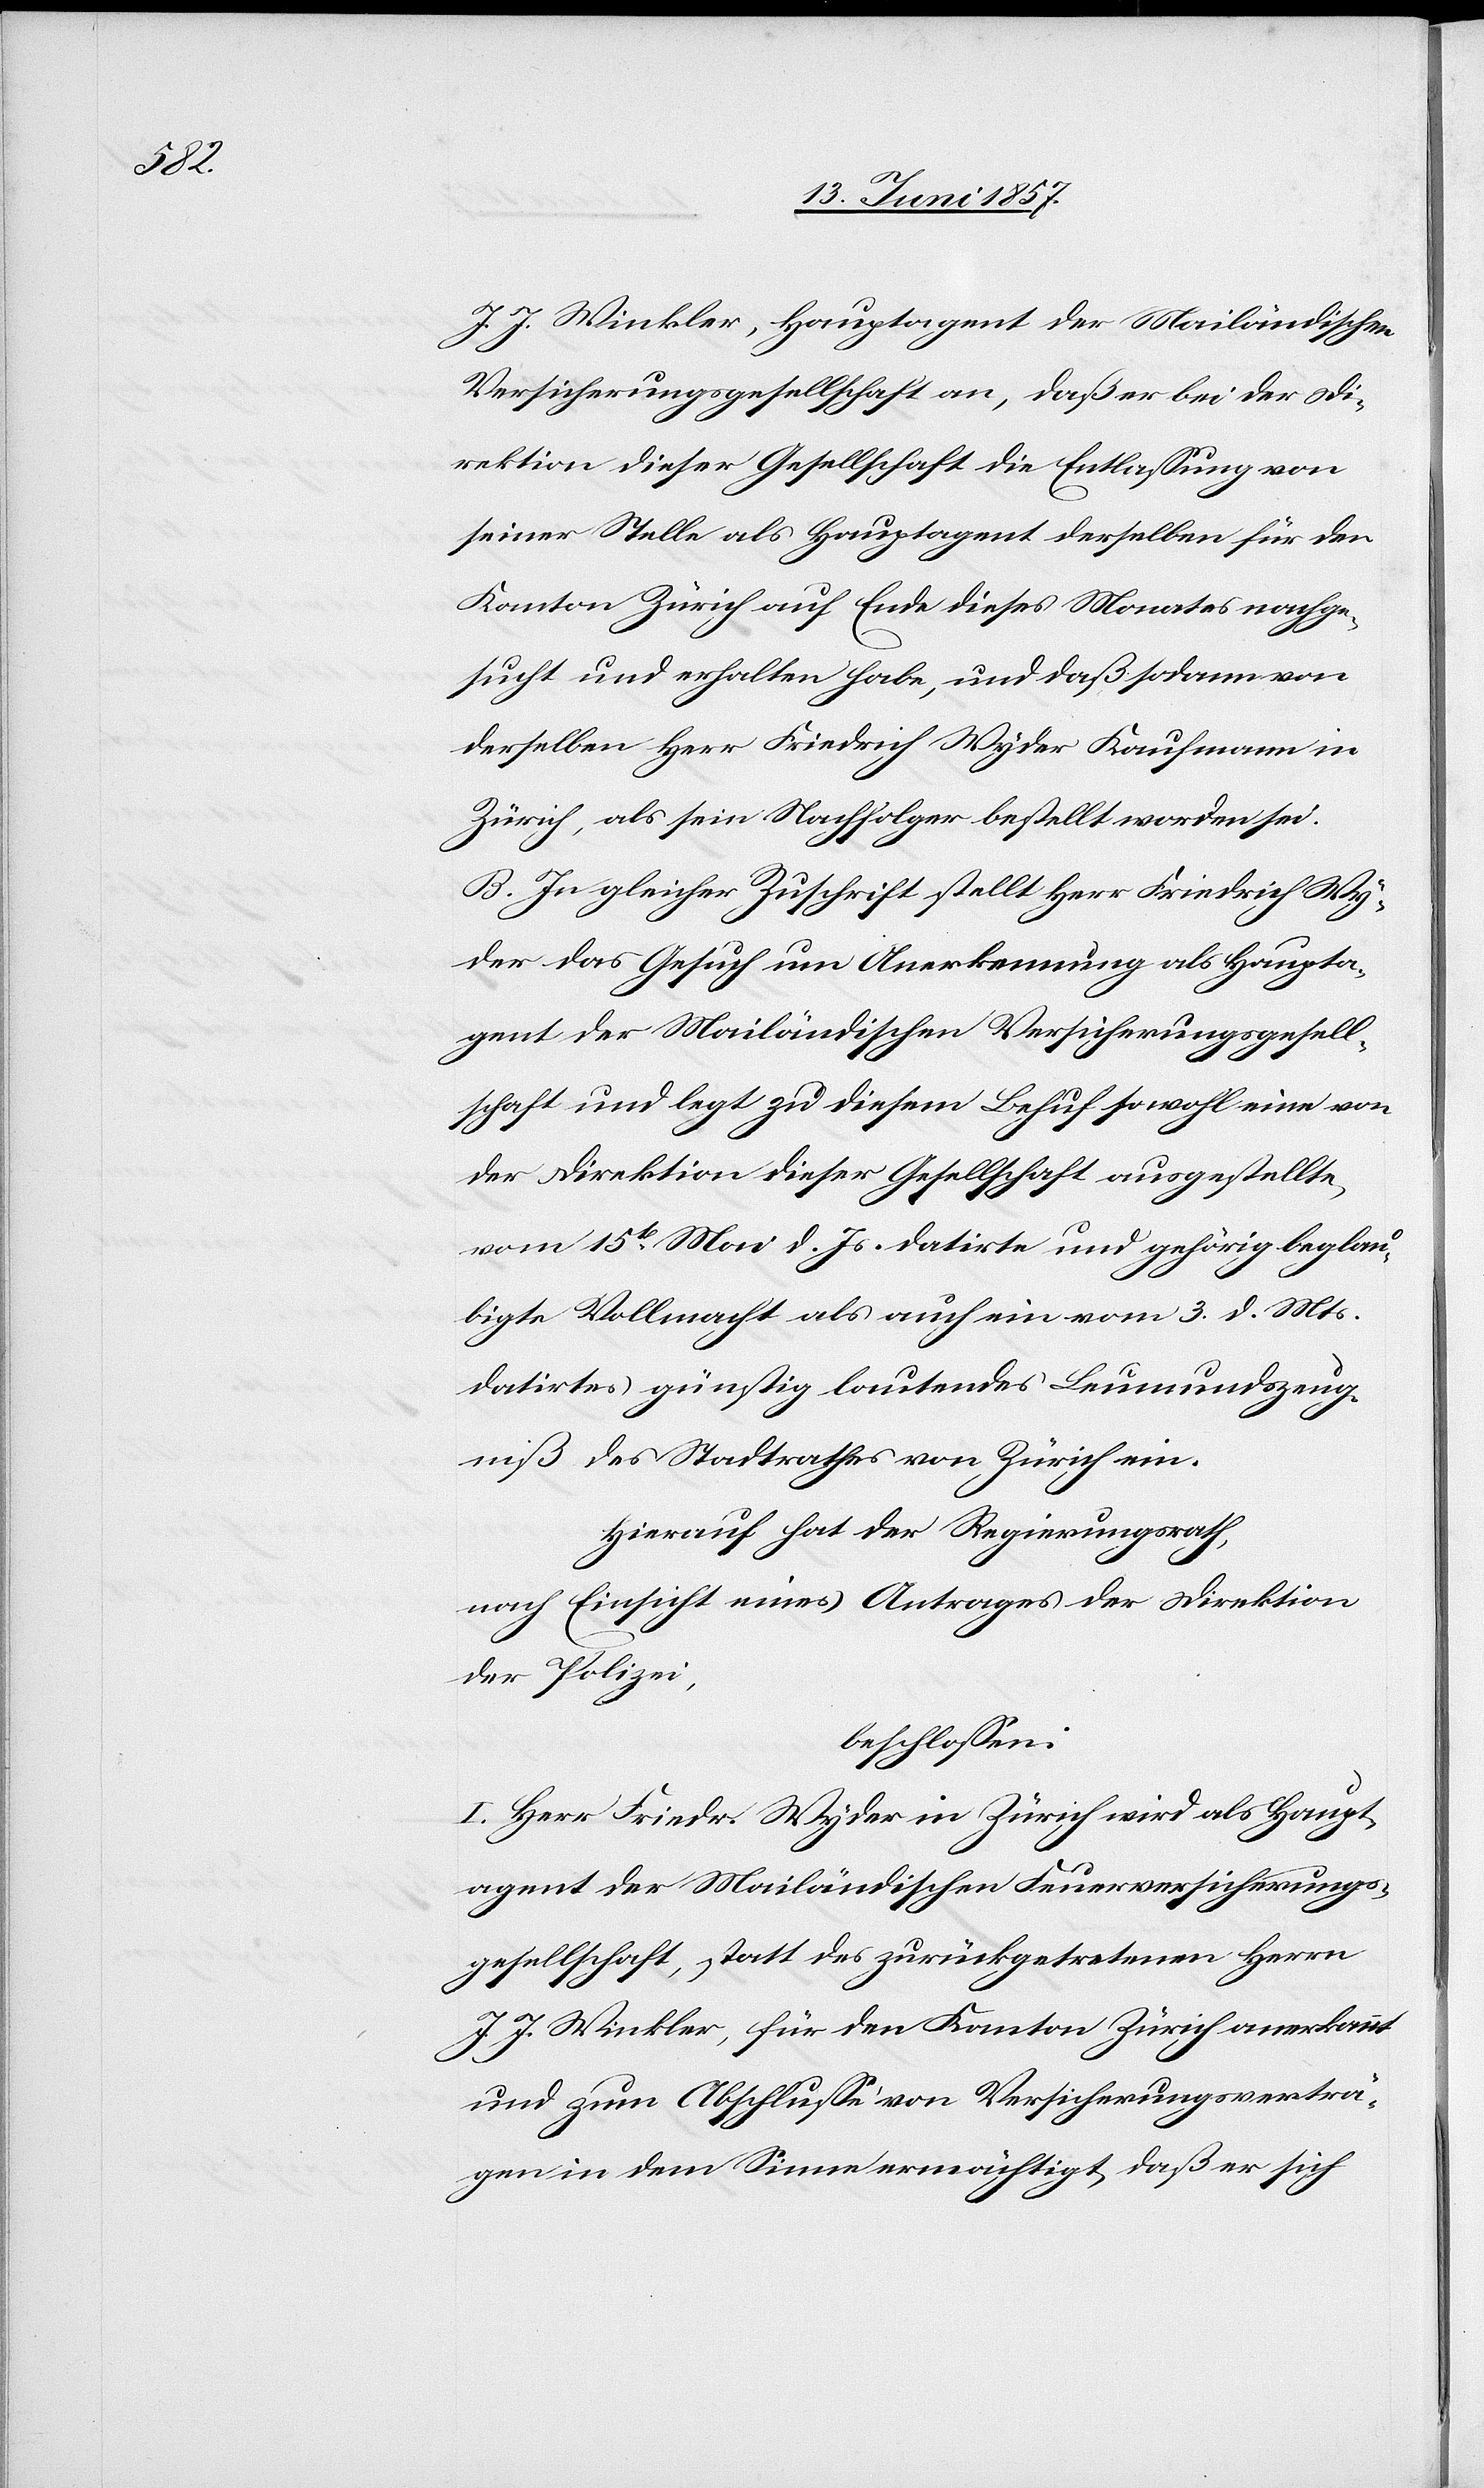
J. J. Winkler, Hauptagent der Mailändischen
Versicherungsgesellschaft an, daß er bei der Di¬
rektion dieser Gesellschaft die Entlassung von
seiner Stelle als Hauptagent derselben für den
Kanton Zürich auf Ende dieses Monates nachge¬
sucht und erhalten habe, und daß sodann von
derselben Herr Friedrich Wyder Kaufmann in
Zürich, als sein Nachfolger bestellt worden sei.
B. In gleicher Zuschrift stellt Herr Friedrich Wy¬
der das Gesuch um Anerkennung als Haupta¬
gent der Mailändischen Versicherungsgesell¬
schaft und legt zu diesem Behuf sowohl eine von
der Direktion der Gesellschaft ausgestellte
vom 15ten Mai d. Js. datirte und gehörig beglau¬
bigte Vollmacht als auch ein vom 3 d. Mts.
datirtes günstig lautendes Leumundszeug¬
niß des Stadtrathes von Zürich ein.
Hierauf hat der Regierungsrath,
nach Einsicht eines Antrages der Direktion
der Polizei,
beschlossen:
I. Herr Friedr. Wyder in Zürich wird als Haupt¬
agent der Mailändischen Feuerversicherungs¬
gesellschaft, statt des zurückgetretenen Herrn
J. J. Winkler, für den Kanton Zürich anerkannt
und zum Abschlusse von Versicherungsverträ¬
gen in dem Sinne ermächtigt, daß er sich